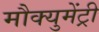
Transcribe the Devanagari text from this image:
मौक्युमेंट्री